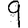
Digit: 9